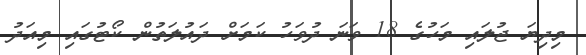
މިދިޔަ ޖުލައި މަހުގެ 18 ވަނަ ދުވަހު ކަމަށް ދައުލަތުން ކޯޓުގައި މިއަދު